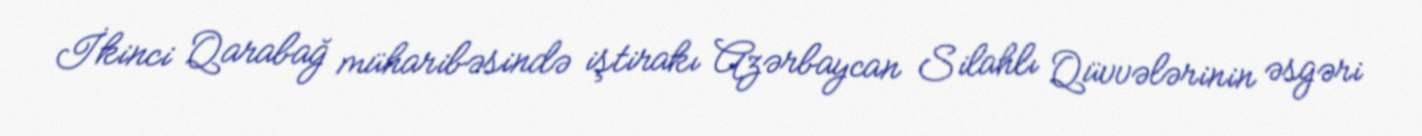
İkinci Qarabağ müharibəsində iştirakı Azərbaycan Silahlı Qüvvələrinin əsgəri